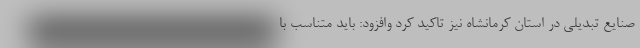
صنایع تبدیلی در استان کرمانشاه نیز تاکید کرد وافزود: باید متناسب با